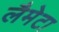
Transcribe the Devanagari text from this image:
लैमेटा